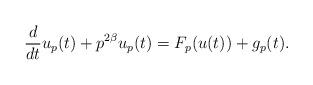
LaTeX: \begin{align*}\frac{d}{dt}u_p(t)+ p^{2\beta} u_p(t)= F_p(u(t))+g_p(t). \end{align*}